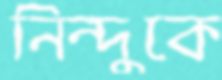
নিন্দুকে